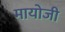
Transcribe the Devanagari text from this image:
मायोजी